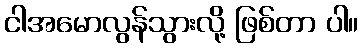
ငါအမောလွန်သွားလို့ ဖြစ်တာ ပါ။